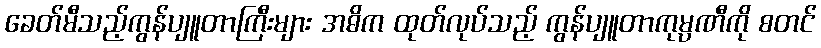
ခေတ်မီသည့်ကွန်ပျူတာကြီးများ အဓိက ထုတ်လုပ်သည့် ကွန်ပျူတာကုမ္ပဏီကို စတင်